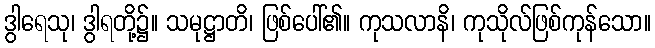
ဒွါရေသု၊ ဒွါရတို့၌။ သမုဋ္ဌာတိ၊ ဖြစ်ပေါ်၏။ ကုသလာနိ၊ ကုသိုလ်ဖြစ်ကုန်သော။